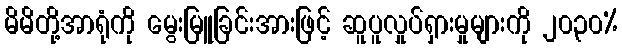
မိမိတို့အာရုံကို မွေးမြူခြင်းအားဖြင့် ဆူပူလှုပ်ရှားမှုများကို ၂၀၃၀%